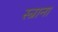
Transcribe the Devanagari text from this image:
स्त्राना